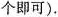
个即可）.